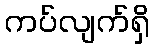
ကပ်လျက်ရှိ